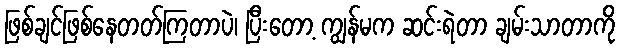
ဖြစ်ချင်ဖြစ်နေတတ်ကြတာပဲ၊ ပြီးတော့ ကျွန်မက ဆင်းရဲတာ ချမ်းသာတာကို